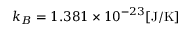
k _ { B } = 1 . 3 8 1 \times 1 0 ^ { - 2 3 } [ \mathrm { J / K } ]